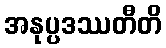
အနုပ္ပဒဿတီတိ